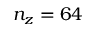
n _ { z } = 6 4